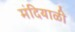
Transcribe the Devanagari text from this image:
मंदियाळी